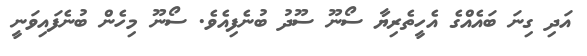
އަދި ގިނަ ބައެއްގެ އެހީތެރިޔާ ސޯނޫ ސޫދު ބުނެފިއެވެ. ސޯނޫ މިހެން ބުނެފައިވަނީ